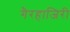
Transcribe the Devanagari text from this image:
गैरहाजिरी